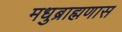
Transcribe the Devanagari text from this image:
मधुब्राह्मणास